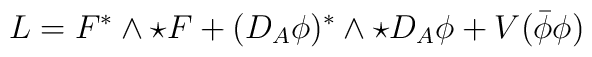
L=F^*\wedge\star F+(D_A\phi)^*\wedge\star D_A\phi+V(\bar\phi\phi)